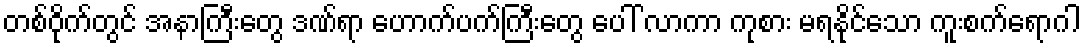
တစ်ဝိုက်တွင် အနာကြီးတွေ ဒဏ်ရာ ဟောက်ပက်ကြီးတွေ ပေါ် လာကာ ကုစား မရနိုင်သော ကူးစက်ရောဂါ